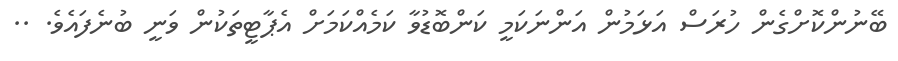
ބޭނުންކޮށްގެން ހުރަސް އަޅަމުން އަންނަކަމީ ކަންބޮޑުވާ ކަމެއްކަމަށް އެޕާޓީތަކުން ވަނީ ބުުނެފައެވެ. ..